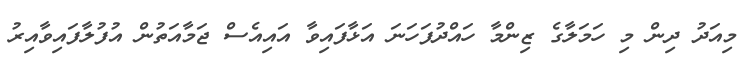
މިއަދު ދިން މި ހަމަލާގެ ޒިންމާ ހައްދުފަހަނަ އަޅާފައިވާ އައިއެސް ޖަމާއަތުން އުފުލާފައިވާއިރު